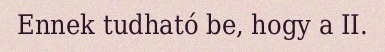
Ennek tudható be, hogy a II.